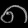
Digit: ၈